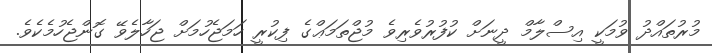
މުރުތައްދު ވުމަކީ އިސްލާމް ދީނަށް ކުފުރުވެރިވެ މުޖްތަމަޢްގެ ފިކުރީ ހަމަޖެހުމަށް ޖަހާލެވޭ ގޮންޖެހުމެކެވެ.